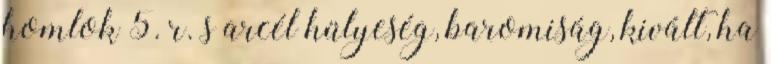
homlok 5. r. s arcél hülyeség, baromiság, kivált, ha